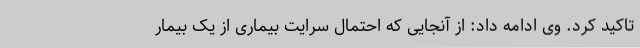
تاکید کرد. وی ادامه داد: از آنجایی که احتمال سرایت بیماری از یک بیمار